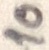
Text: 10